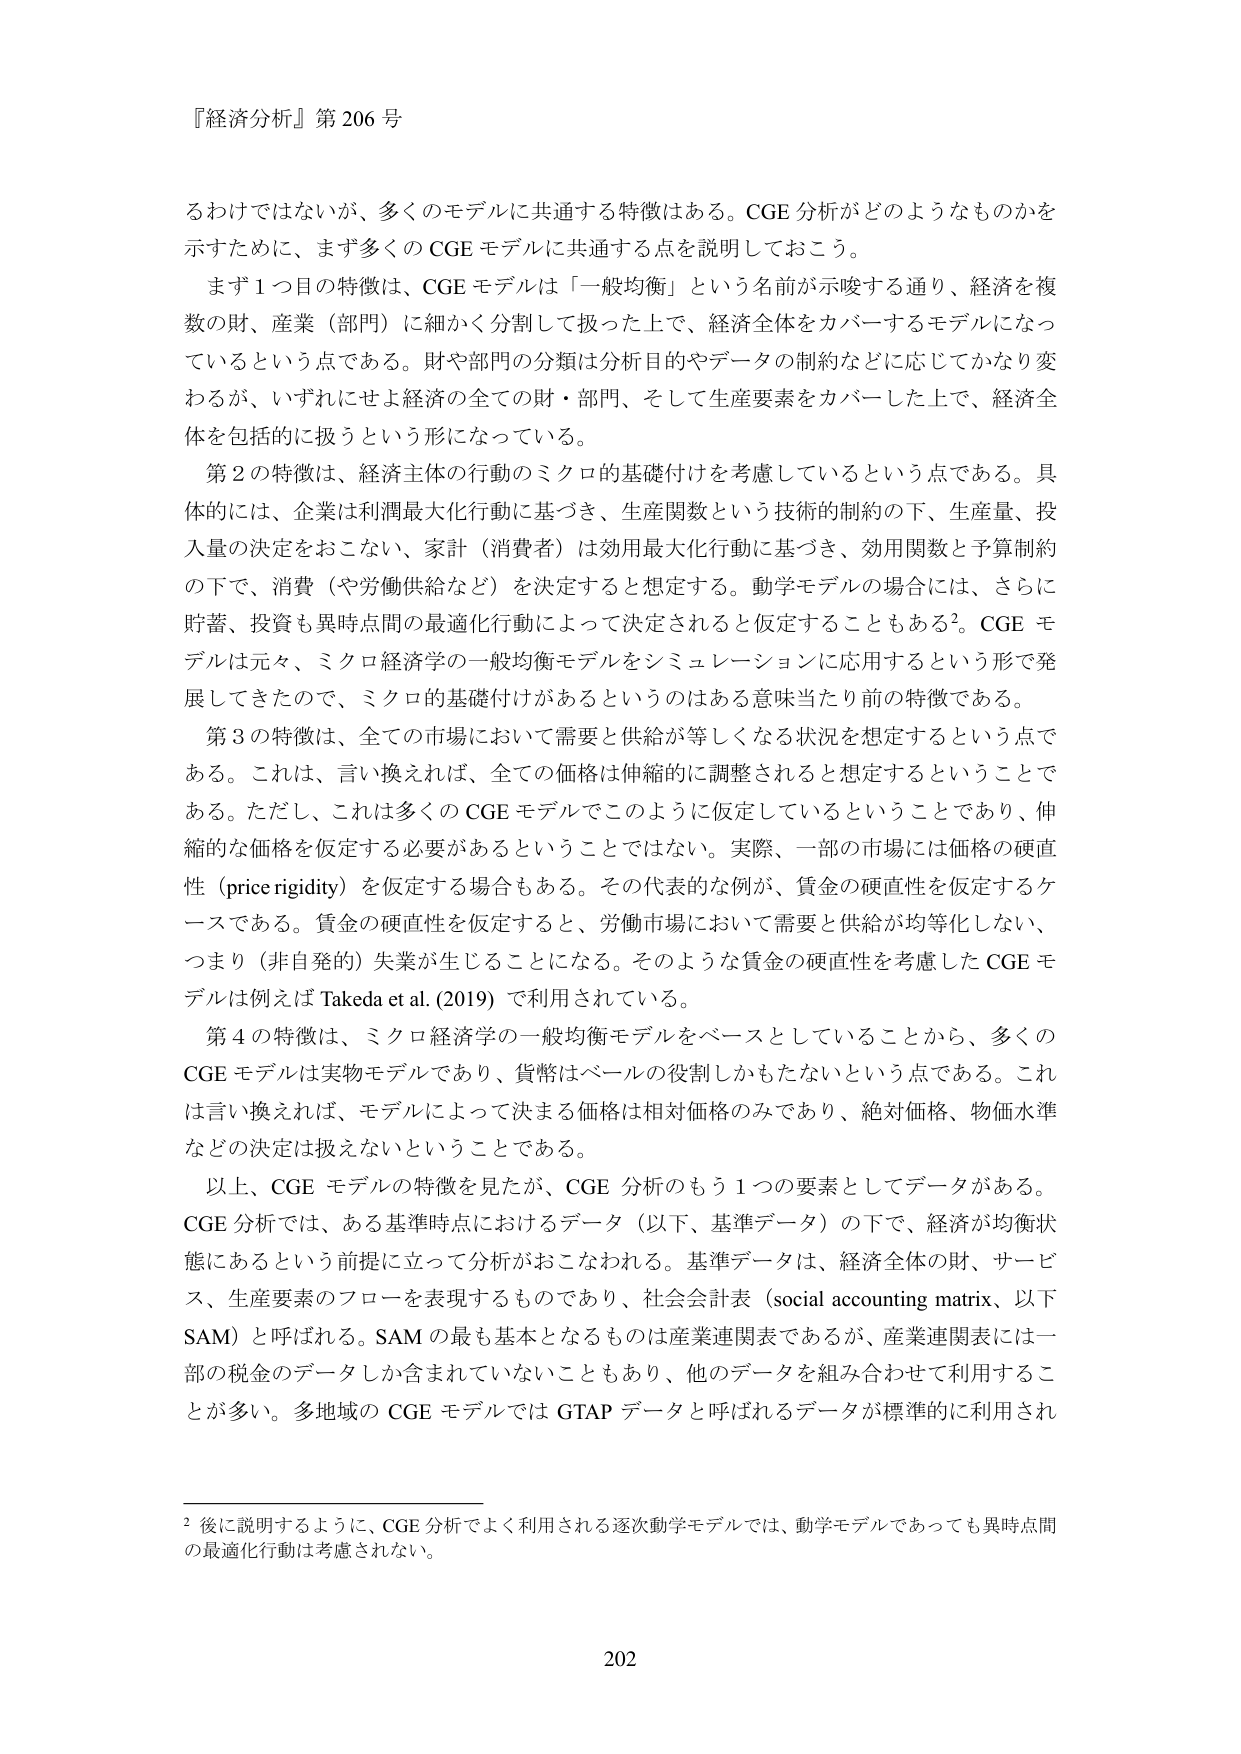
『経済分析』第 206 号

るわけではないが、多くのモデルに共通する特徴はある。CGE 分析がどのようなものかを示すために、まず多くの CGE モデルに共通する点を説明しておこう。

まず１つ目の特徴は、CGE モデルは「一般均衡」という名前が示唆する通り、経済を複数の財、産業（部門）に細かく分割して扱った上で、経済全体をカバーするモデルになっているという点である。財や部門の分類は分析目的やデータの制約などに応じてかなり変わるが、いずれにせよ経済の全ての財・部門、そして生産要素をカバーした上で、経済全体を包括的に扱うという形になっている。

第２の特徴は、経済主体の行動のミクロ的基礎付けを考慮しているという点である。具体的には、企業は利潤最大化行動に基づき、生産関数という技術的制約の下、生産量、投入量の決定をおこない、家計（消費者）は効用最大化行動に基づき、効用関数と予算制約の下で、消費（や労働供給など）を決定すると想定する。動学モデルの場合には、さらに貯蓄、投資も異時点間の最適化行動によって決定されると仮定することもある²。CGE モデルは元々、ミクロ経済学の一般均衡モデルをシミュレーションに応用するという形で発展してきたので、ミクロの基礎付けがあるというのはある意味当たり前な特徴である。

第３の特徴は、全ての市場において需要と供給が等しくなる状況を想定するという点である。これは、言い換えれば、全ての価格は伸縮的に調整されると想定するということである。ただし、これは多くの CGE モデルでこのように仮定しているということであり、伸縮的な価格を仮定する必要があるということではない。実際、一部の市場には価格の硬直性（price rigidity）を仮定する場合もある。その代表的な例が、賃金の硬直性を仮定するケースである。賃金の硬直性を仮定すると、労働市場において需要と供給が均等化しない、つまり（非自発的）失業が生じることになる。そのような賃金の硬直性を考慮した CGE モデルは例えば Takeda et al. (2019) で利用されている。

第４の特徴は、ミクロ経済学の一般均衡モデルをベースとしていることから、多くの CGE モデルは実物モデルであり、貨幣はベールの役割しかもたないという点である。これは言い換えれば、モデルによって決まる価格は相対価格のみであり、絶対価格、物価水準などの決定は扱えないということである。

以上、CGE モデルの特徴を見たが、CGE 分析のもう１つの要素としてデータがある。CGE 分析では、ある基準時点におけるデータ（以下、基準データ）の下で、経済が均衡状態にあるという前提に立って分析がおこなわれる。基準データは、経済全体の財、サービス、生産要素のフローを表現するものであり、社会会計表（social accounting matrix、以下 SAM）と呼ばれる。SAM の最も基本となるものは産業連関表であるが、産業連関表には一部の税金のデータしか含まれていないこともあり、他のデータを組み合わせて利用することが多い。多地域の CGE モデルでは GTAP データと呼ばれるデータが標準的に利用され

² 後に説明するように、CGE 分析でよく利用される逐次動学モデルでは、動学モデルであっても異時点間の最適化行動は考慮されない。

202